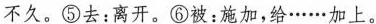
不久。⑤去：离开。⑥被：施加，给……加上。